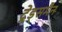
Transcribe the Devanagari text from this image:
ट्रेड्समैन